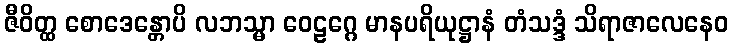
ဇီဝိတ္ထ စောဒေန္တောပိ လဘသ္မာ ဝေဠဂ္ဂေ မာနပရိယုဋ္ဌာနံ တံသဒ္ဒံ သိရာဇာလေနေဝ